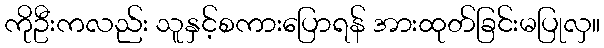
ကိုဦးကလည်း သူနှင့်စကားပြောရန် အားထုတ်ခြင်းမပြုလှ။